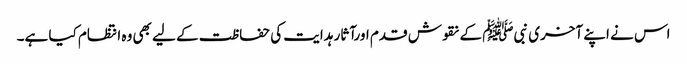
اس نے اپنے آخری نبیﷺ کے نقوش قدم اورآثار ہدایت کی حفاظت کے لیے بھی وہ انتظام کیا ہے۔